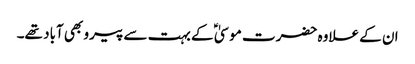
ان کے علاوہ حضرت موسیٰ ؑ کے بہت سے پیرو بھی آباد تھے۔